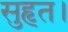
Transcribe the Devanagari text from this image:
सुहृत।